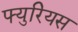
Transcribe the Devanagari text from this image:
फ्युरियस